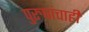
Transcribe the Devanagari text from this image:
पुरुषांचाही